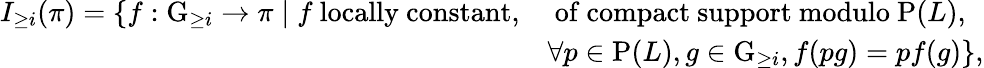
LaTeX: \begin{array}{rl}{I_{\geq i}(\pi)=\{ f:\mathrm{G}_{\geq i}\to\pi\mid f\mathrm{~locally~constant,}}&{\mathrm{~of~compact~support~modulo~}\mathrm{P}(L),}\\ &{\forall p\in\mathrm{P}(L),g\in\mathrm{G}_{\geq i},f(pg)=pf(g)\} ,}\end{array}